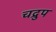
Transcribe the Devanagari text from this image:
चद्रुप